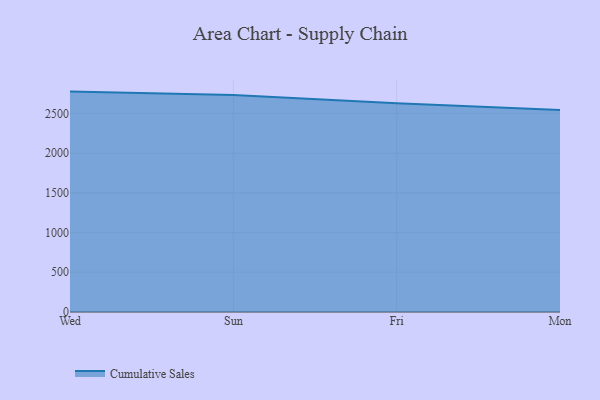
{"axis": {"x": "Day", "y": "LTV (USD)"}, "legend": ["Cumulative Sales"], "data": [{"x": "Wed", "y": 2775.0, "type": "Cumulative Sales"}, {"x": "Sun", "y": 2733.3, "type": "Cumulative Sales"}, {"x": "Fri", "y": 2629.6, "type": "Cumulative Sales"}, {"x": "Mon", "y": 2542.5, "type": "Cumulative Sales"}]}